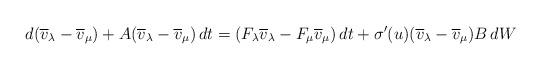
LaTeX: \begin{align*} d(\overline{v}_\lambda - \overline{v}_\mu) + A(\overline{v}_\lambda - \overline{v}_\mu)\,dt = (F_\lambda \overline{v}_\lambda - F_\mu \overline{v}_\mu)\,dt + \sigma'(u) ( \overline{v}_\lambda - \overline{v}_\mu ) B\,dW \end{align*}